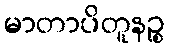
မာတာပိတူနဉ္စ